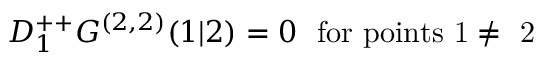
D _ { 1 } ^ { + + } G ^ { ( 2 , 2 ) } ( 1 \vert 2 ) = 0 \ \ \mathrm { f o r ~ p o i n t s ~ 1 \neq ~ 2 ~ }